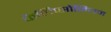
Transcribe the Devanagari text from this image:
कैलिप्सोनियन